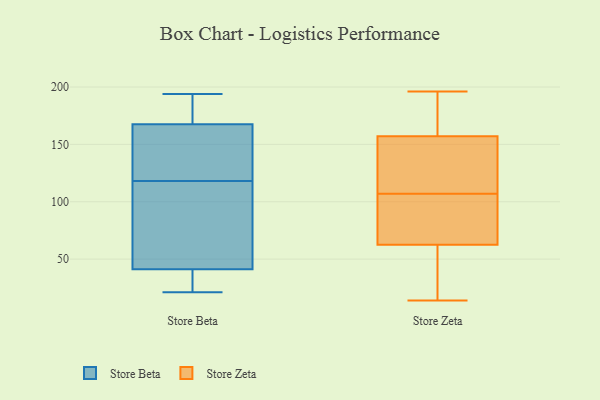
{"axis": {"x": "Energy Usage (MWh)", "y": "Value"}, "legend": ["Store Beta", "Store Zeta"], "data": [{"x": "", "y": 23, "type": "Store Beta"}, {"x": "", "y": 177, "type": "Store Beta"}, {"x": "", "y": 134, "type": "Store Beta"}, {"x": "", "y": 24, "type": "Store Beta"}, {"x": "", "y": 45, "type": "Store Beta"}, {"x": "", "y": 118, "type": "Store Beta"}, {"x": "", "y": 157, "type": "Store Beta"}, {"x": "", "y": 124, "type": "Store Beta"}, {"x": "", "y": 61, "type": "Store Beta"}, {"x": "", "y": 40, "type": "Store Beta"}, {"x": "", "y": 192, "type": "Store Beta"}, {"x": "", "y": 184, "type": "Store Beta"}, {"x": "", "y": 116, "type": "Store Beta"}, {"x": "", "y": 171, "type": "Store Beta"}, {"x": "", "y": 21, "type": "Store Beta"}, {"x": "", "y": 194, "type": "Store Beta"}, {"x": "", "y": 86, "type": "Store Beta"}, {"x": "", "y": 29, "type": "Store Beta"}, {"x": "", "y": 151, "type": "Store Beta"}, {"x": "", "y": 66, "type": "Store Zeta"}, {"x": "", "y": 174, "type": "Store Zeta"}, {"x": "", "y": 157, "type": "Store Zeta"}, {"x": "", "y": 52, "type": "Store Zeta"}, {"x": "", "y": 196, "type": "Store Zeta"}, {"x": "", "y": 157, "type": "Store Zeta"}, {"x": "", "y": 94, "type": "Store Zeta"}, {"x": "", "y": 31, "type": "Store Zeta"}, {"x": "", "y": 107, "type": "Store Zeta"}, {"x": "", "y": 79, "type": "Store Zeta"}, {"x": "", "y": 14, "type": "Store Zeta"}, {"x": "", "y": 130, "type": "Store Zeta"}, {"x": "", "y": 133, "type": "Store Zeta"}]}